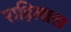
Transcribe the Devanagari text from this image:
राहिलास